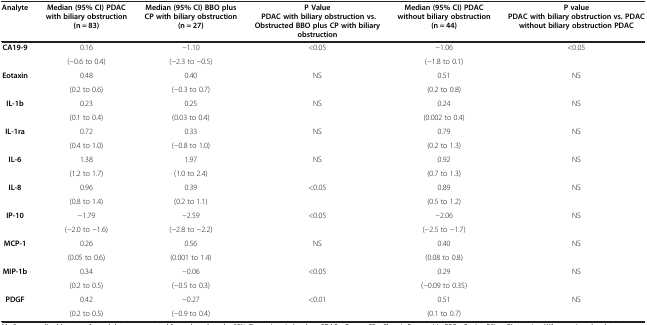
<table><thead><tr><td><b>Analyte</b></td><td><b>Median (95% CI) PDAC with biliary obstruction (n = 83)</b></td><td><b>Median (95% CI) BBO plus CP with biliary obstruction (n = 27)</b></td><td><b>P Value PDAC with biliary obstruction vs. Obstructed BBO plus CP with biliary obstruction</b></td><td><b>Median (95% CI) PDAC without biliary obstruction (n = 44)</b></td><td><b>P value PDAC with biliary obstruction vs. PDAC without biliary obstruction PDAC</b></td></tr></thead><tbody><tr><td rowspan="2"><b>CA19-9</b></td><td>0.16</td><td>-1.10</td><td rowspan="2">&lt;0.05</td><td>-1.06</td><td rowspan="2">&lt;0.05</td></tr><tr><td>(-0.6 to 0.4)</td><td>(-2.3 to -0.5)</td><td>(-1.8 to 0.1)</td></tr><tr><td rowspan="2"><b>Eotaxin</b></td><td>0.48</td><td>0.40</td><td rowspan="2">NS</td><td>0.51</td><td rowspan="2">NS</td></tr><tr><td>(0.2 to 0.6)</td><td>(-0.3 to 0.7)</td><td>(0.2 to 0.8)</td></tr><tr><td rowspan="2"><b>IL-1b</b></td><td>0.23</td><td>0.25</td><td rowspan="2">NS</td><td>0.24</td><td rowspan="2">NS</td></tr><tr><td>(0.1 to 0.4)</td><td>(0.03 to 0.4)</td><td>(0.002 to 0.4)</td></tr><tr><td rowspan="2"><b>IL-1ra</b></td><td>0.72</td><td>0.33</td><td rowspan="2">NS</td><td>0.79</td><td rowspan="2">NS</td></tr><tr><td>(0.4 to 1.0)</td><td>(-0.8 to 1.0)</td><td>(0.2 to 1.3)</td></tr><tr><td rowspan="2"><b>IL-6</b></td><td>1.38</td><td>1.97</td><td rowspan="2">NS</td><td>0.92</td><td rowspan="2">NS</td></tr><tr><td>(1.2 to 1.7)</td><td>(1.0 to 2.4)</td><td>(0.7 to 1.3)</td></tr><tr><td rowspan="2"><b>IL-8</b></td><td>0.96</td><td>0.39</td><td rowspan="2">&lt;0.05</td><td>0.89</td><td rowspan="2">NS</td></tr><tr><td>(0.8 to 1.4)</td><td>(0.2 to 1.1)</td><td>(0.5 to 1.2)</td></tr><tr><td rowspan="2"><b>IP-10</b></td><td>-1.79</td><td>-2.59</td><td rowspan="2">&lt;0.05</td><td>-2.06</td><td rowspan="2">NS</td></tr><tr><td>(-2.0 to -1.6)</td><td>(-2.8 to -2.2)</td><td>(-2.5 to -1.7)</td></tr><tr><td rowspan="2"><b>MCP-1</b></td><td>0.26</td><td>0.56</td><td rowspan="2">NS</td><td>0.40</td><td rowspan="2">NS</td></tr><tr><td>(0.05 to 0.6)</td><td>(0.001 to 1.4)</td><td>(0.08 to 0.8)</td></tr><tr><td rowspan="2"><b>MIP-1b</b></td><td>0.34</td><td>-0.06</td><td rowspan="2">&lt;0.05</td><td>0.29</td><td rowspan="2">NS</td></tr><tr><td>(0.2 to 0.5)</td><td>(-0.5 to 0.3)</td><td>(-0.09 to 0.35)</td></tr><tr><td rowspan="2"><b>PDGF</b></td><td>0.42</td><td>-0.27</td><td rowspan="2">&lt;0.01</td><td>0.51</td><td rowspan="2">NS</td></tr><tr><td>(0.2 to 0.5)</td><td>(-0.9 to 0.4)</td><td>(0.1 to 0.7)</td></tr></tbody></table>